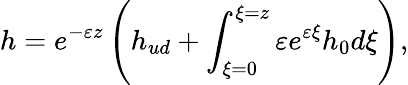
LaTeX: h=e^{-\varepsilon z}\left(h_{ud}+\int_{\xi=0}^{\xi=z}\varepsilon e^{\varepsilon\xi}h_{0}d\xi\right),